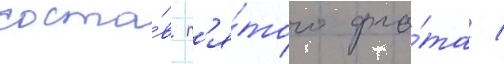
соста́в п'я́того фло́та /